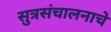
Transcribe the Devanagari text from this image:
सुत्रसंचालनाचे